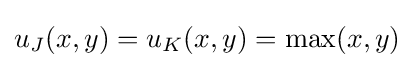
u_{J}(x,y)=u_{K}(x,y)=\max(x,y)